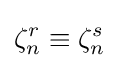
\zeta _{n}^{r}\equiv \zeta _{n}^{s}